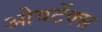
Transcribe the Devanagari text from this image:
ओवर्टेक्स